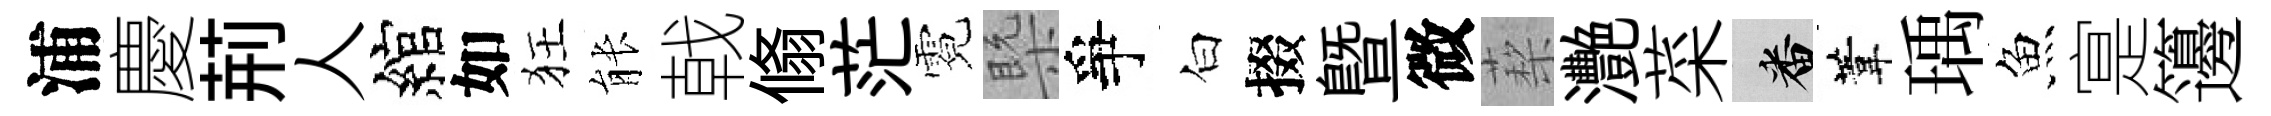
浦慶荊人綰如狂䏻戟翛茫霓槩爭白掇暨微蔾灧菜番葦瑀魚寔籩